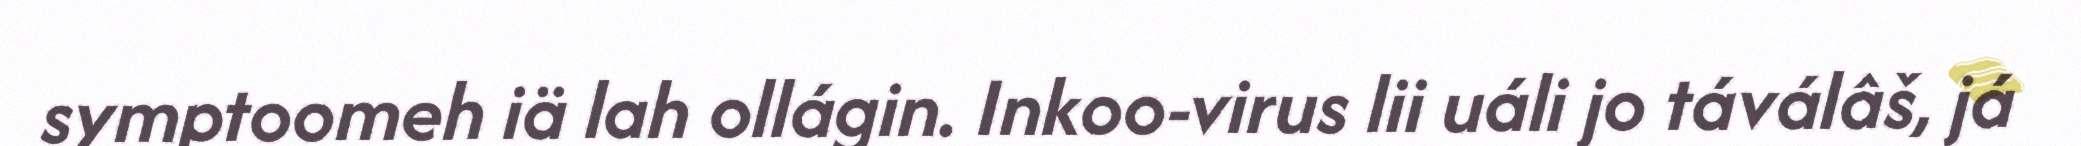
symptoomeh iä lah ollágin. Inkoo-virus lii uáli jo táválâš, já